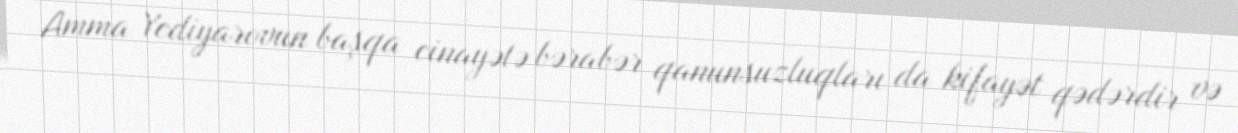
Amma Yediyarovun başqa cinayətə bərabər qanunsuzluqları da kifayət qədərdir və